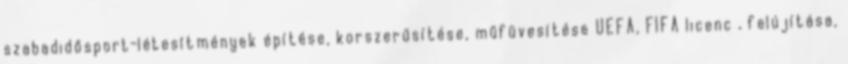
szabadidősport-létesítmények építése, korszerűsítése, műfüvesítése UEFA, FIFA licenc , felújítása,